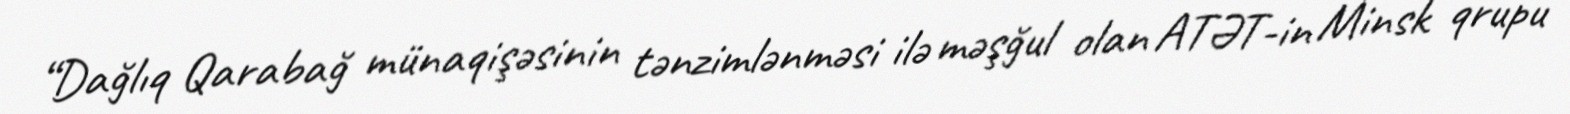
“Dağlıq Qarabağ münaqişəsinin tənzimlənməsi ilə məşğul olan ATƏT-in Minsk qrupu